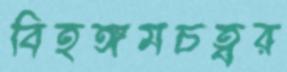
বিহঙ্গমচত্বর